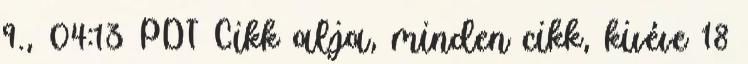
9., 04:13 PDT Cikk alja, minden cikk, kivéve 18